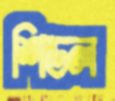
শিডল